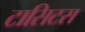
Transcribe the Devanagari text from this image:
टासिटस